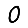
Digit: 0